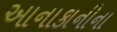
આનાકાનીના